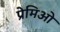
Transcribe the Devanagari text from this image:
प्रेमिओ